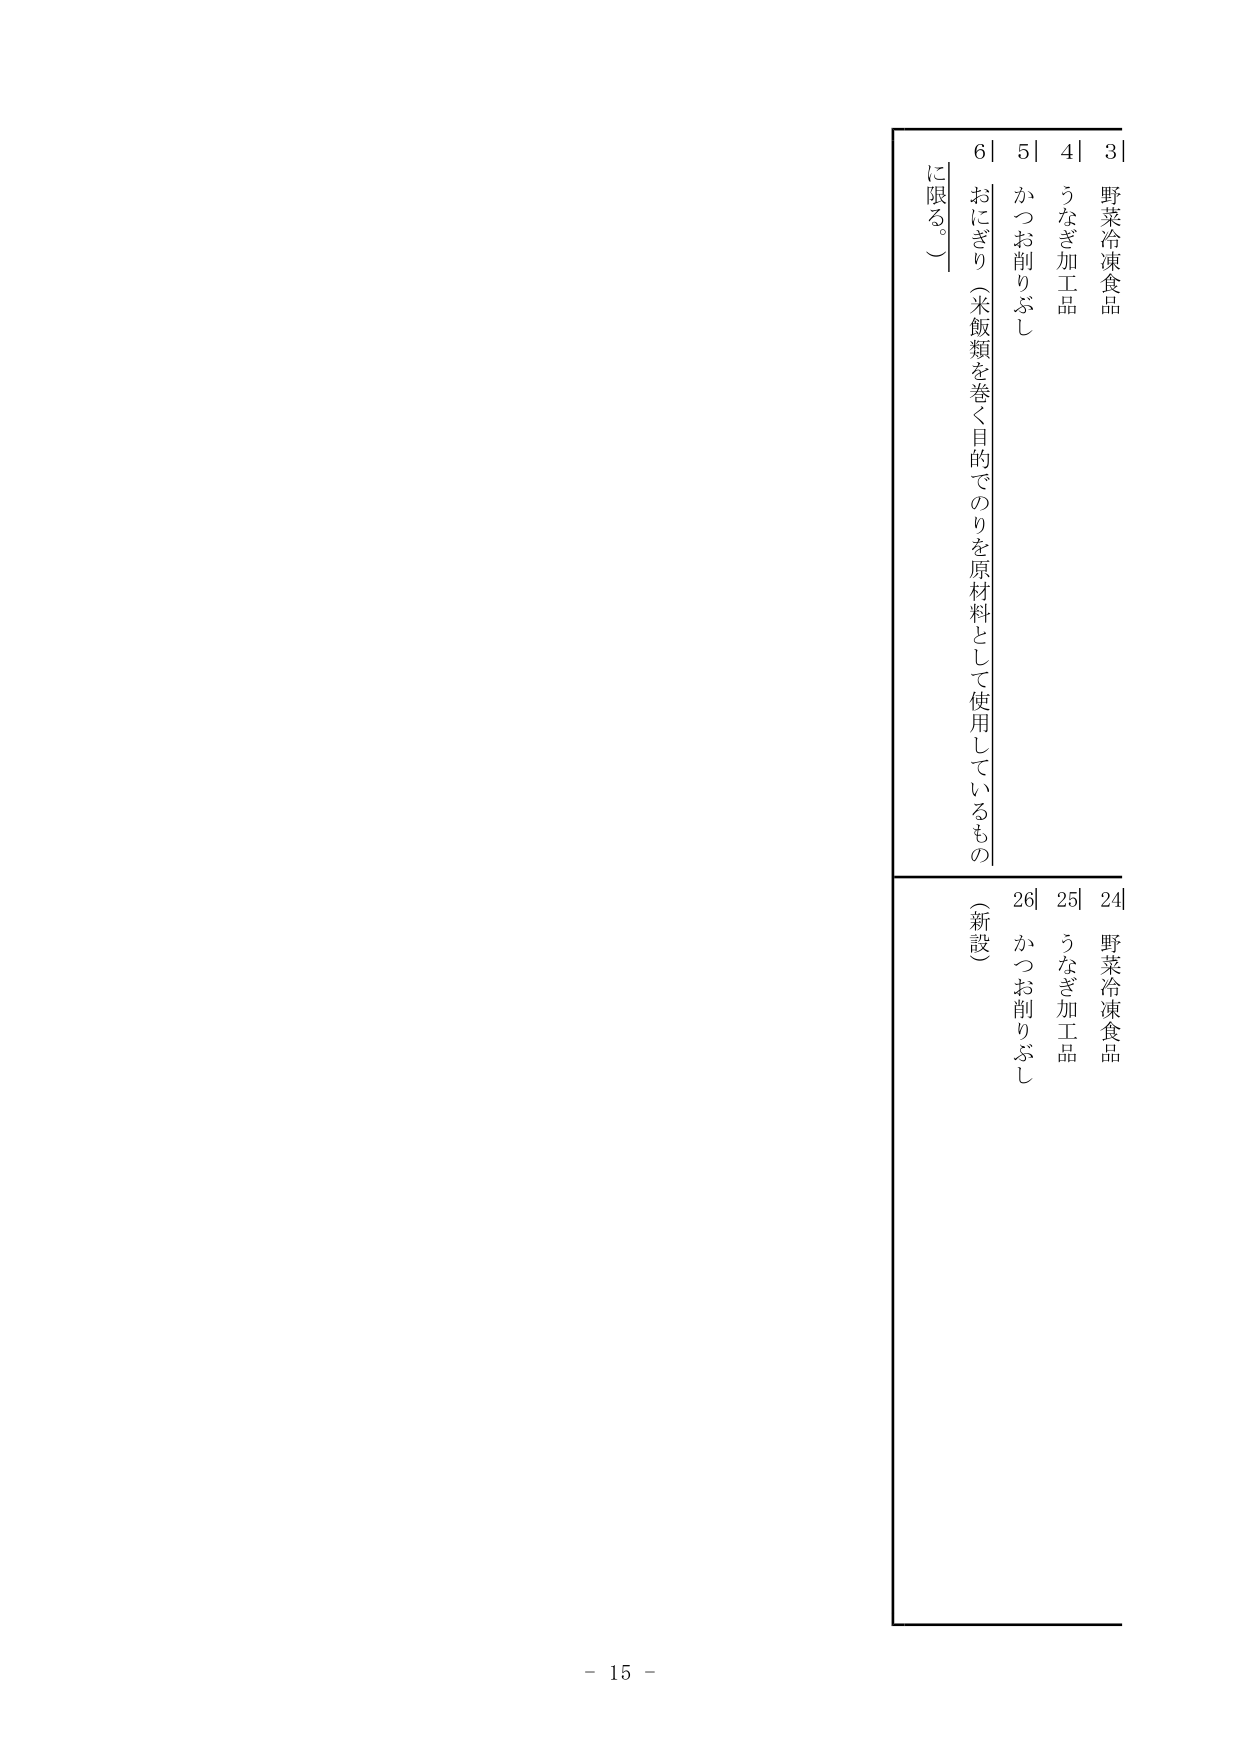
3| 野菜冷凍食品
4| うなぎ加工品
5| かつお削りぶし
6| おにぎり（米飯類を巻く目的でのりを原材料として使用しているものに限る。）

24| 野菜冷凍食品
25| うなぎ加工品
26| かつお削りぶし（新設）

- 15 -